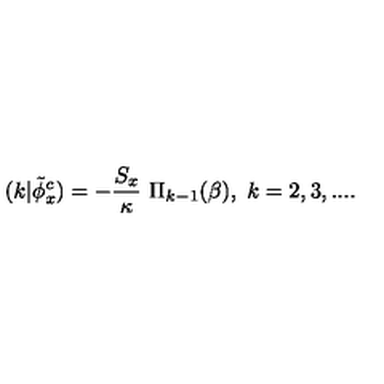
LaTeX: ( k | \tilde { \phi } _ { x } ^ { c } ) = - { \frac { S _ { x } } { \kappa } } \ \Pi _ { k - 1 } ( \beta ) , \ k = 2 , 3 , . . . .